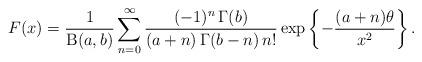
LaTeX: \begin{align*}F(x)=\frac{1}{\operatorname{B}(a,b)}\sum^{\infty}_{n=0}\frac{(-1)^n\,\Gamma(b)}{(a+n)\,\Gamma(b-n)\,n!}\exp\left\{-\frac{(a+n)\theta}{x^2}\right\}.\end{align*}